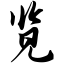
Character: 览